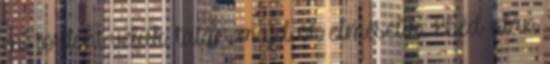
mi történt velük, talán majd ők elmesélik. Ebéd után